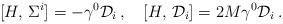
LaTeX: \begin{align*}[H,\,\Sigma^{i}]=-\gamma^{0}{\cal D}_{i}\,,\quad[H,\,{\cal D}_{i}]=2M\gamma^{0}{\cal D}_{i}\,.\end{align*}